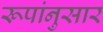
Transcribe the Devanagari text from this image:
रूपांनुसार